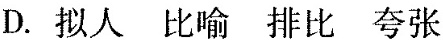
D. 拟人 比喻 排比 夸张